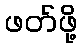
ဖတ်ဖို့